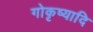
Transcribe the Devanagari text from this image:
गोकृष्यादि